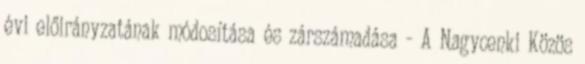
évi előirányzatának módosítása és zárszámadása - A Nagycenki Közös